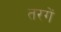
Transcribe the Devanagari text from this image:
तरगें